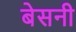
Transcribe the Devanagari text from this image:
बेसनी